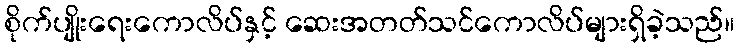
စိုက်ပျိုးရေးကောလိပ်နှင့် ဆေးအတတ်သင်ကောလိပ်များရှိခဲ့သည်။